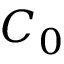
C _ { 0 }